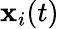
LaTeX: \mathbf{x}_{i}(t)